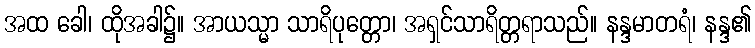
အထ ခေါ၊ ထိုအခါ၌။ အာယသ္မာ သာရိပုတ္တော၊ အရှင်သာရိတ္တရာသည်။ နန္ဒမာတရံ၊ နန္ဒ၏